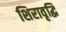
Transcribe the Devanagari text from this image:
शिरावृद्धि